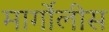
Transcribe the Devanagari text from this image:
मार्गोलीस